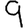
Digit: 9